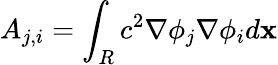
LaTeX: A_{j,i}=\int_{R}c^{2}\nabla\phi_{j}\nabla\phi_{i}d\mathbf x